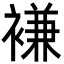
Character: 𮖨